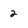
Character: 2